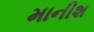
માનીશ